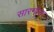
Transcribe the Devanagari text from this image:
सारगोसा